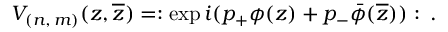
V _ { ( n , \, m ) } ( z , \overline { { { z } } } ) = : \exp i ( p _ { + } \phi ( z ) + p _ { - } \bar { \phi } ( \overline { { { z } } } ) ) : \: .